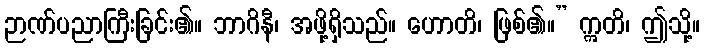
ဉာဏ်ပညာကြီးခြင်း၏။ ဘာဂိနီ၊ အဖို့ရှိသည်။ ဟောတိ၊ ဖြစ်၏။” ဣတိ၊ ဤသို့။